Report on vaccination in the Province of Bengal - 1874-1889
Year: 1874
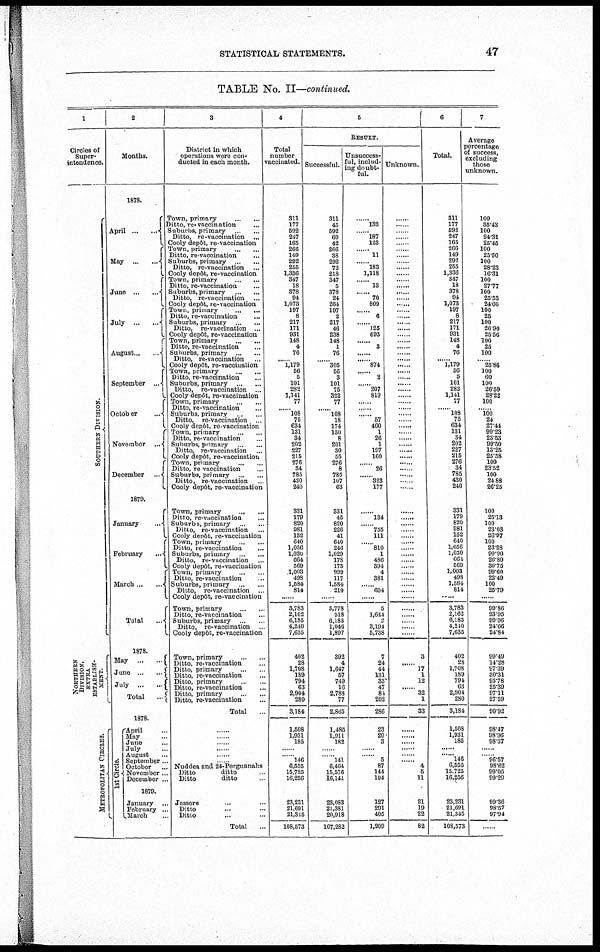
STATISTICAL STATEMENTS.
47
TABLE No. II—continued.
1
Circles of
Super-
intendence.
SOUTHERN DIVISION.
NORTHERN
DIVISION,
EXTRA.
ESTABLISH-
MENT.
METROPOLITAN CIRCLES.
2
Months.
1878.
April ... ...
May
...
...
June ... ...
July
...
...
August ... ...
September
...
October
...
November
...
December ...
1879.
January ...
February ... ...
March ... ...
Total
...
1878.
May
...
...
June
...
...
July ... ...
Total
...
1878.
1st Circle
April ...
May ...
June ...
July ...
August ...
September...
October ...
November ...
December ...
1879.
January ...
February ...
March ...
3
District in which
operations were con-
ducted in each month.
Town, primary
...
...
Ditto, re-vaccination ...
Suburbs, primary ... ...
Ditto, re-vaccination ...
Cooly depôt, re-vaccination
Town, primary
...
...
Ditto, re-vaccination ... ...
Suburbs, primary ... ...
Ditto, re-vaccination ...
Cooly depôt, re-vaccination
Town, primary
...
...
Ditto, re-vaccination ... ...
Suburbs, primary ... ...
Ditto, re-vaccination ...
Cooly depôt, re-vaccination
Town, primary
...
...
Ditto, re-vaccination ...
Suburbs, primary ... ...
Ditto, re-vaccination ...
Cooly depôt, re-vaccination
Town, primary
...
...
Ditto, re-vaccination ...
Suburbs, primary ... ...
Ditto, re-vaccination ...
Cooly depôt, re-vaccination
Town, primary
...
...
Ditto, re-vaccination ... ...
Suburbs, primary ... ...
Ditto, re-vaccination ...
Cooly depôt, re-vaccination
Town, primary
...
...
Ditto, re-vaccination ... ...
Suburbs, primary ... ...
Ditto, re-vaccination ...
Cooly depôt, re-vaccination
Town, primary
...
...
Ditto, re-vaccination ... ...
Suburbs, primary ... ...
Ditto, re-vaccination ...
Cooly depôt, re-vaccination
Town, primary
...
...
Ditto, re vaccination ... ...
Suburbs, primary ... ...
Ditto, re-vaccination ... ...
Cooly depôt, re-vaccination
Town, primary
...
...
Ditto, re-vaccination ...
Suburbs, primary ... ...
Ditto, re-vaccination ...
Cooly derpôt, re-vaccination
Town, primary
...
...
Ditto, re-vaccination ...
Suburbs, primary ... ...
Ditto, re-vaccination ...
Cooly depôt, re-vaccination
Town, primary ... ...
Ditto, re-vaccination ...
Suburbs, primary ... ...
Ditto, re-vaccination ...
Cooly depôt, re-vaccination
Town, primary
...
...
Ditto, re-vaccination ...
Suburbs, primary ... ...
Ditto, re-vaccination ...
Cooly depôt, re-vaccination
Town, primary
...
...
Ditto, re-vaccination ... ...
Ditto, primary ... ...
Ditto, re-vaccination ... ...
Ditto, primary
...
...
Ditto, re-vaccination ... ...
Ditto, primary
...
...
Ditto, re-vaccination ...
Total ...
......
......
......
......
......
......
Nuddea and 24-Pergunnahs
Ditto
ditto ...
Ditto
ditto ...
Jessore ... ...
Ditto ... ...
Ditto ... ...
Total
...
4
Total
number
vaccinated.
311
177
592
247
165
266
149
292
255
1,336
347
18
378
94
1,073
197
8
217
171
931
148
4
76
......
1,179
56
5
101
282
1,141
77
......
108
75
634
131
34
202
227
215
276
34
785
430
240
331
179
820
981
152
640
1,056
1,030
664
569
1,003
498
1,584
814
......
3,783
2,162
6,185
4,240
7,635
402
28
1,708
189
794
63
2,904
280
3,184
1,508
1,931
185
......
......
146
6,555
15,725
16,256
23,231
21,691
21,345
108,573
5
RESULT.
Successful.
311
45
592
60
42
266
38
292
72
218
347
5
378
24
264
197
2
217
46
238
148
1
76
......
305
56
3
101
75
322
77
......
108
18
174
130
8
201
30
55
276
8
785
107
63
331
45
820
226
41
640
246
1,029
178
175
999
117
1,584
210
......
3,778
518
6,183
1,046
1,897
392
4
1,647
57
749
16
2,788
77
2,865
1,485
1,911
182
......
......
141
6,464
15,576
16,141
23,083
21,381
20,918
107,282
Unsuccess-
ful, includ-
ing doubt¬
ful.
......
132
......
187
123
......
11
......
183
1,118
......
13
......
70
809
......
6
......
125
693
......
3
......
......
874
......
2
......
207
819
......
......
......
57
460
1
26
1
197
160
......
26
......
323
177
......
134
......
755
111
......
810
1
486
394
4
381
......
604
......
5
1,644
2
3,194
5,738
7
24
44
131
33
47
84
202
286
23
20
3
......
......
5
87
144
104
127
291
405
1,209
Unknown.
......
......
......
......
......
......
......
......
......
......
......
......
......
......
......
......
......
......
......
......
......
......
......
......
......
......
......
......
......
......
......
......
......
......
......
......
......
......
......
......
......
......
......
......
......
......
......
......
......
......
......
......
......
......
......
......
......
......
......
......
......
......
......
......
......
3
......
17
1
12
......
32
1
33
......
......
......
......
......
...
4
5
11
21
19
22
82
6
Total.
311
177
592
247
165
266
149
292
255
1,336
347
18
378
94
1,073
197
8
217
171
931
148
4
76
......
1,179
56
5
101
282
1,141
77
......
108
75
634
131
34
202
227
215
276
34
785
430
240
331
179
820
981
152
640
1,056
1,030
664
569
1,003
498
1,584
814
3,783
2,162
6,185
4,240
7,635
402
28
1,708
189
794
63
2,904
280
3,184
1,508
1,931
185
......
......
146
6,555
15,725
16,256
23,231
21,691
21,345
108,573
7
Average
percentage
of success,
excluding
those
unknown.
100
35.43
100
24.31
25.45
100
25.50
100
28.23
16.31
100
27.77
100
25.53
24.60
100
25
100
26.90
25.56
100
25
100
......
25.86
100
60
100
26.59
28.22
100
......
100
24
27.44
99.23
23.53
99.50
13.25
25.58
100
23.52
100
24.88
26.25
100
25.13
100
23.03
26.97
100
23.28
99.90
26.80
30.75
99.60
23.49
100
25.79
......
99.86
23.95
99.96
24.66
24.84
99.49
14.28
97.39
30.31
95.78
25.39
97.11
27.59
90.92
98.47
98.96
98.37
......
......
96.57
98.62
99.05
99.29
99.36
98.57
97.94
......